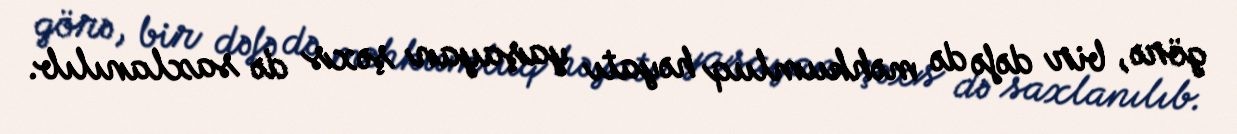
görə, bir dəfə də məhkumluq həyatı yaşayan şəxs də saxlanılıb.